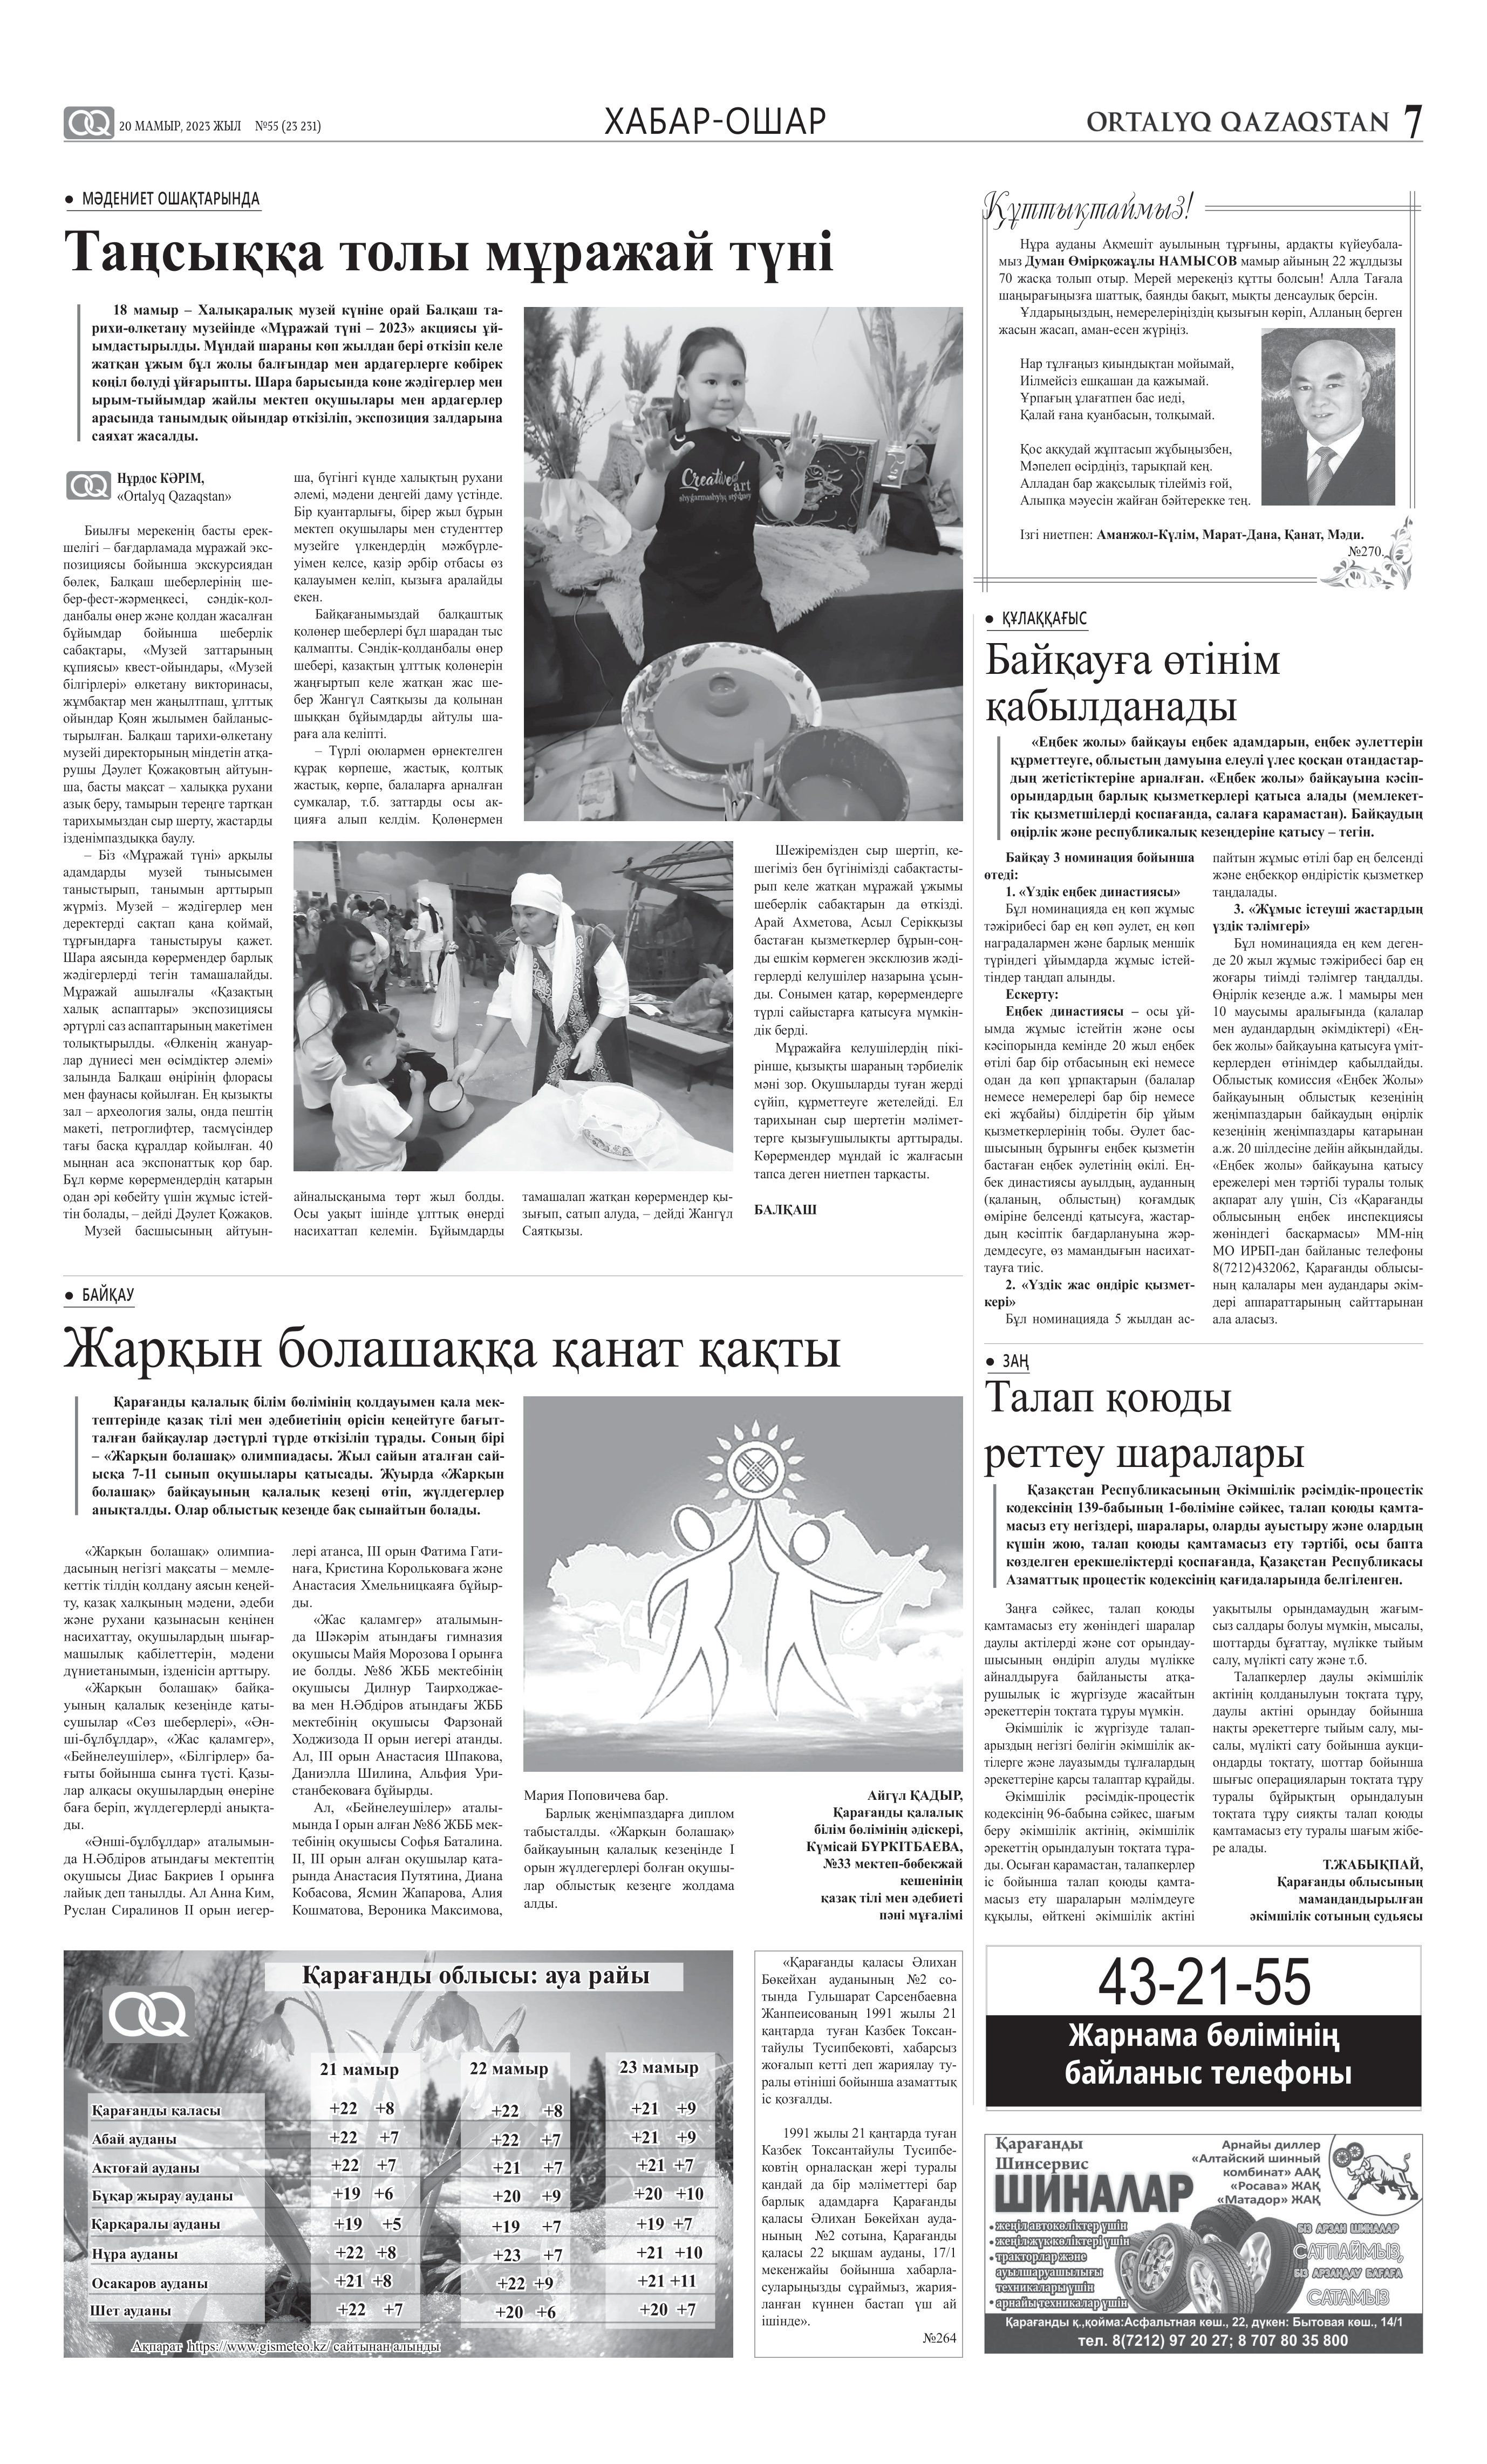
Language: kk